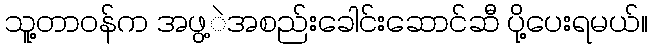
သူ့တာဝန်က အဖွ့ဲအစည်းခေါင်းဆောင်ဆီ ပို့ပေးရမယ်။